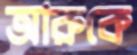
আরুকে